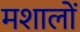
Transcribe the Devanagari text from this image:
मशालों